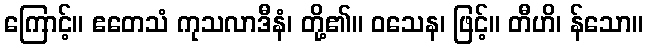
ကြောင့်။ ဧတေသံ ကုသလာဒီနံ၊ တို့၏။ ဝသေန၊ ဖြင့်။ တီဟိ၊ န်သော။